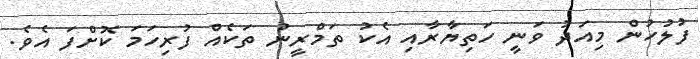
ފުލުހުން މިއަދު ވަނީ ހަތިޔާރާއި އެކު ތަމްރީނު ތަކެއް ފުރިހަމަ ކޮށްފަ އެވެ.